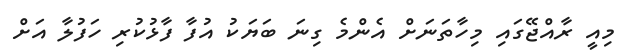
މިއީ ރާއްޖޭގައި މިހާތަނަށް އެންމެ ގިނަ ބަޔަކު އުފާ ފާޅުކުރި ހަފުލާ އަށް